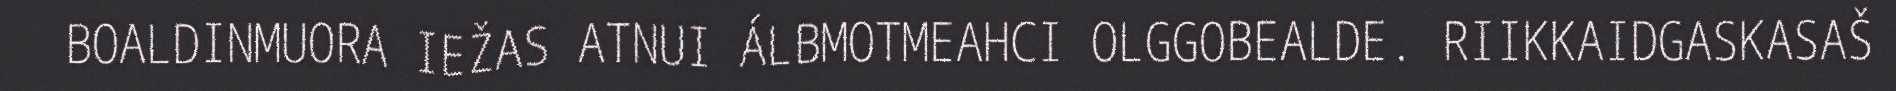
BOALDINMUORA IEŽAS ATNUI ÁLBMOTMEAHCI OLGGOBEALDE. RIIKKAIDGASKASAŠ